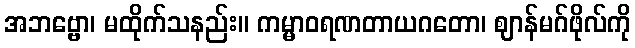
အဘဗ္ဗော၊ မထိုက်သနည်း။ ကမ္မာဝရဏတာယဂတော၊ ဈာန်မဂ်ဖိုလ်ကို